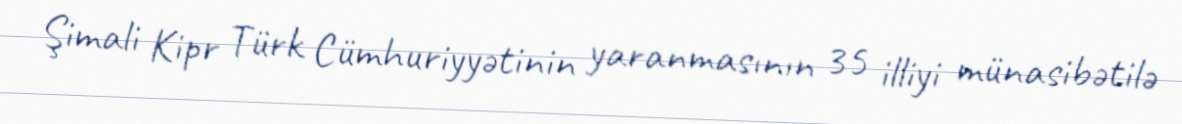
Şimali Kipr Türk Cümhuriyyətinin yaranmasının 35 illiyi münasibətilə